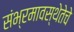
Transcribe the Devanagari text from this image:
संभ्रमावस्थेतेचे